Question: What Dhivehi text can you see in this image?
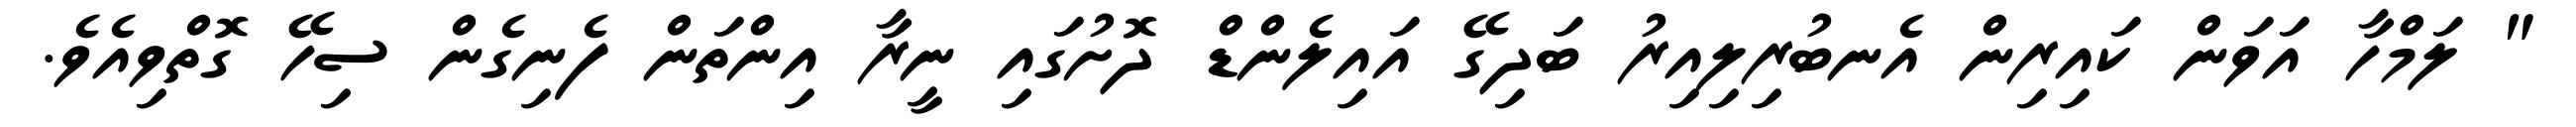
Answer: " ލަމްހާ އަވަން ކައިރިން އެނބުރިލިއިރު ބަދިގޭ އައިލެންޑް ދޮށުގައި ނީރާ އިންތަން ފެނިގެން ސިހޭ ގޮތްވިއެވެ.